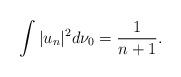
LaTeX: \begin{align*}\int \vert u_n\vert^2 d\nu_0=\frac1{n+1}.\end{align*}